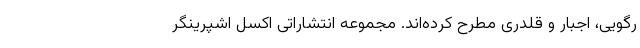
رگویی، اجبار و قلدری مطرح کرده‌اند. مجموعه انتشاراتی اکسل اشپرینگر